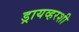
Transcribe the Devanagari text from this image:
ड्रायव्हरशी